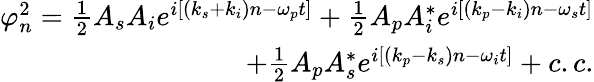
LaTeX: \begin{array}{r}{\varphi_{n}^{2}=\frac{1}{2}A_{s}A_{i}e^{i[(k_{s}+k_{i})n-\omega_{p}t]}+\frac{1}{2}A_{p}A_{i}^{*}e^{i[(k_{p}-k_{i})n-\omega_{s}t]}}\\ {+\frac{1}{2}A_{p}A_{s}^{*}e^{i[(k_{p}-k_{s})n-\omega_{i}t]}+c.c.}\end{array}